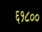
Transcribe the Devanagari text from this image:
६१८००